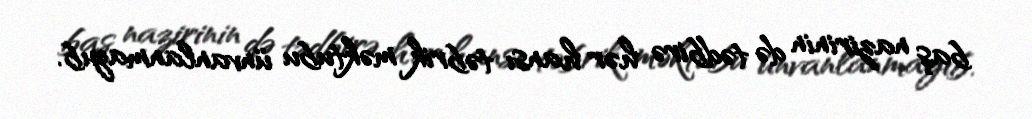
baş nazirinin də tədbirə hər hansı təbrik məktubu ünvanlanmayıb.